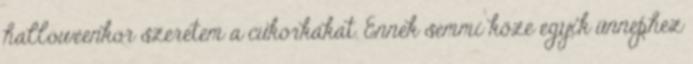
halloweenkor szeretem a cukorkákat. Ennek semmi köze egyik ünnephez